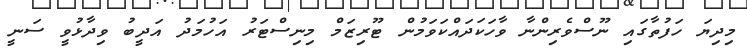
މިދިޔަ ހަފުތާގައި ނޫސްވެރިންނާ ވާހަކަދައްކަވަމުން ޓޫރިޒަމް މިނިސްޓަރު އަހުމަދު އަދީބު ވިދާޅުވީ ސަނީ